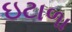
ઇટાળા